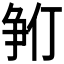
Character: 𪺓